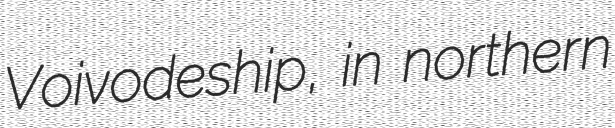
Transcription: Voivodeship, in northern